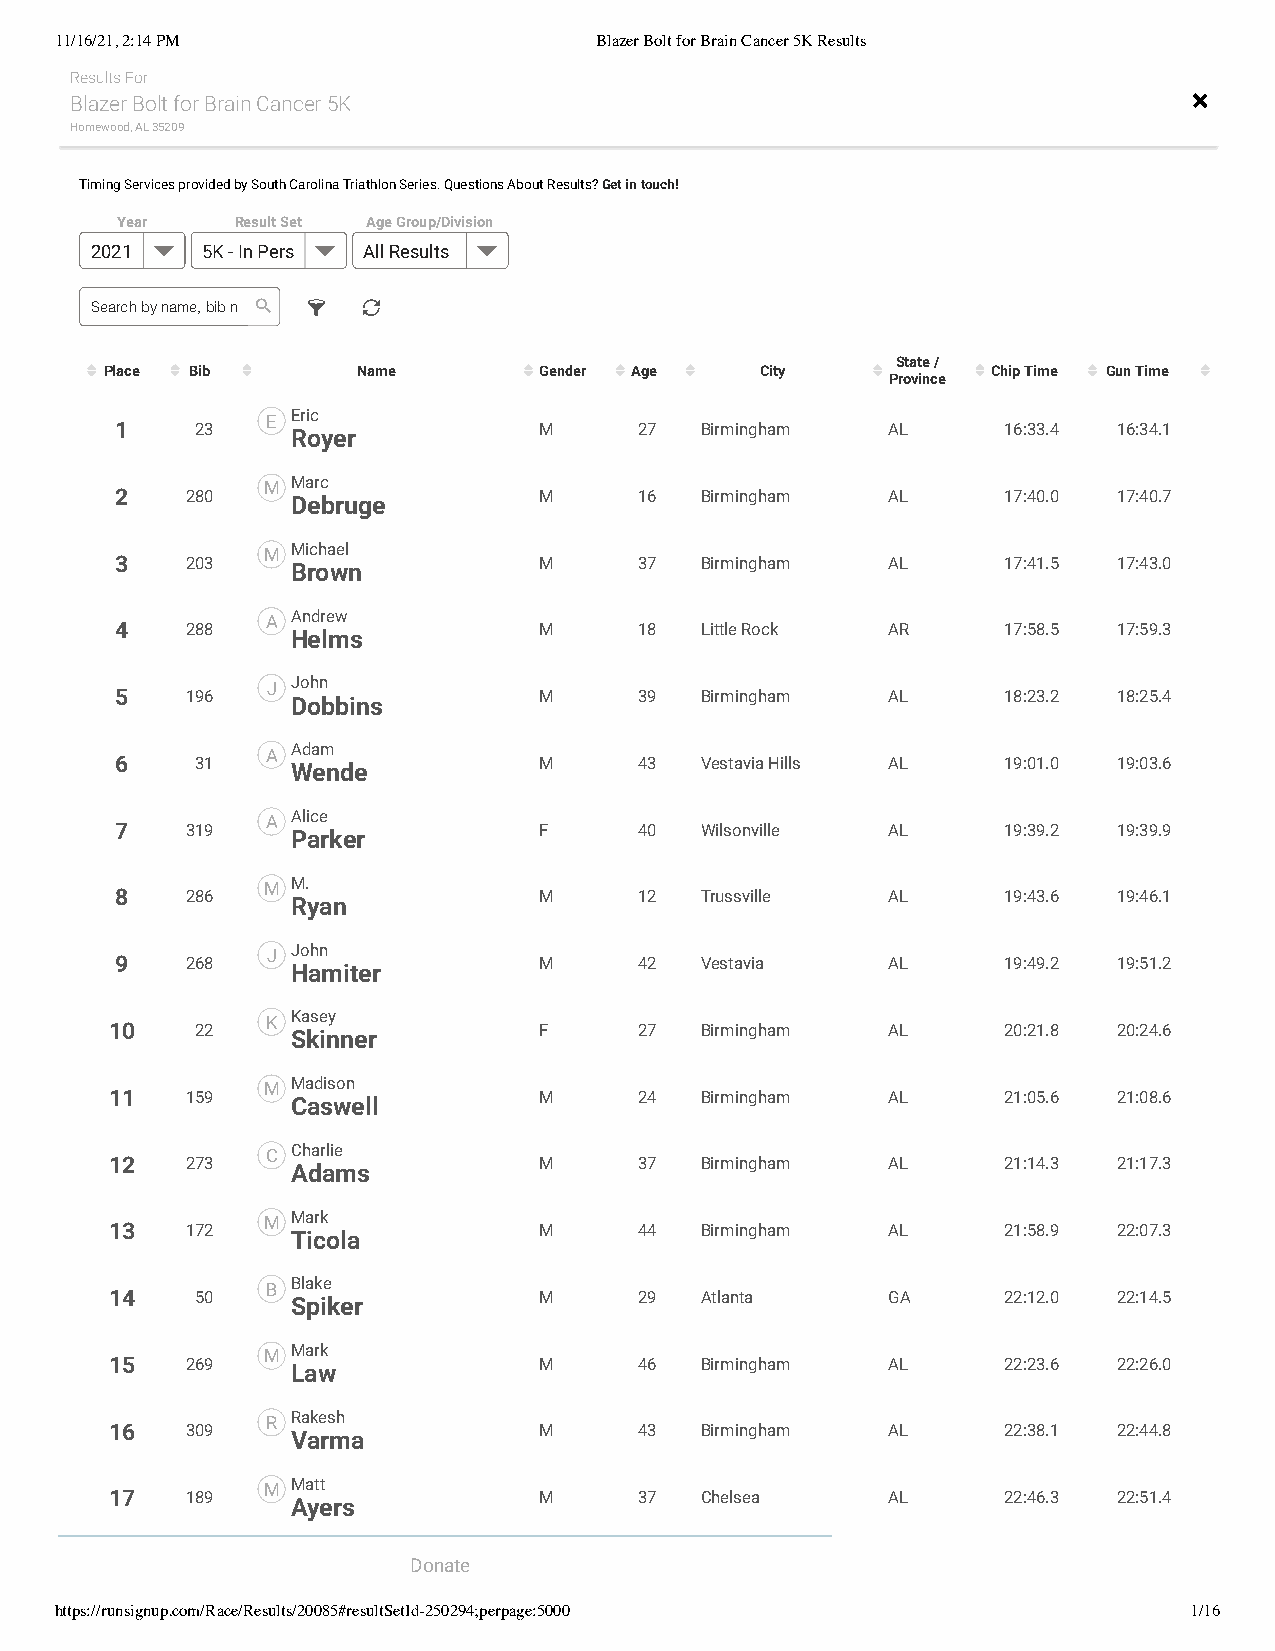
11/16/21, 2:14 PM                  Blazer Bolt for Brain Cancer 5K Results
 Results For
 Blazer Bolt for Brain Cancer 5K                                           
 Homewood, AL 35209
 Timing Services provided by South Carolina Triathlon Series. Questions About Results? Get in touch!
 Year    Result Set Age Group/Division
 2021   5K - In Pers All Results
 Search by name, bib n   
 State /
  Place  Bib    Name        Gender  Age  City         Chip Time  Gun Time 
 Province
 E Eric
 1    23    Royer            M     27  Birmingham   AL     16:33.4 16:34.1
 M Marc
 2   280    Debruge          M     16  Birmingham   AL     17:40.0 17:40.7
 M Michael
 3   203    Brown            M     37  Birmingham   AL     17:41.5 17:43.0
 A Andrew
 4   288    Helms            M     18  Little Rock  AR     17:58.5 17:59.3
 J John
 5   196    Dobbins          M     39  Birmingham   AL     18:23.2 18:25.4
 A Adam
 6    31    Wende            M     43  Vestavia Hills AL   19:01.0 19:03.6
 A Alice
 7   319    Parker           F     40  Wilsonville  AL     19:39.2 19:39.9
 M M.
 8   286    Ryan             M     12  Trussville   AL     19:43.6 19:46.1
 J John
 9   268    Hamiter          M     42  Vestavia     AL     19:49.2 19:51.2
 K Kasey
 10    22    Skinner          F     27  Birmingham   AL     20:21.8 20:24.6
 M Madison
 11   159    Caswell          M     24  Birmingham   AL     21:05.6 21:08.6
 C Charlie
 12   273    Adams            M     37  Birmingham   AL     21:14.3 21:17.3
 M Mark
 13   172    Ticola           M     44  Birmingham   AL     21:58.9 22:07.3
 B Blake
 14    50    Spiker           M     29  Atlanta      GA     22:12.0 22:14.5
 M Mark
 15   269    Law              M     46  Birmingham   AL     22:23.6 22:26.0
 R Rakesh
 16   309    Varma            M     43  Birmingham   AL     22:38.1 22:44.8
 M Matt
 17   189    Ayers            M     37  Chelsea      AL     22:46.3 22:51.4
 Donate
 https://runsignup.com/Race/Results/20085#resultSetId-250294;perpage:5000   1/16